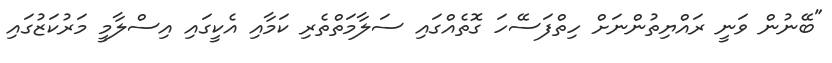
"ބޭނުން ވަނީ ރައްޔިތުންނަށް ހިތްފަސޭހަ ގޮތެއްގައި ސަލާމަތްތެރި ކަމާއި އެކީގައި އިސްލާމީ މަރުކަޒުގައި